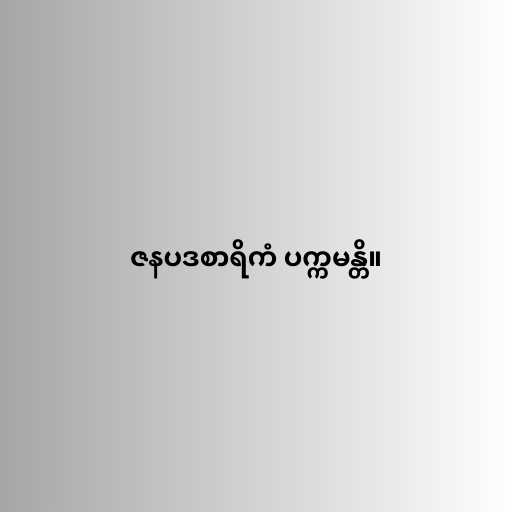
ဇနပဒစာရိကံ ပက္ကမန္တိ။